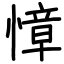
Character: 慞